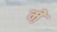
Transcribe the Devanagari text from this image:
म़े